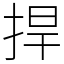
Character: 捍